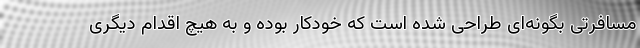
مسافرتی بگونه‌­ای طراحی شده است که خودکار بوده و به هیچ اقدام دیگری